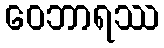
ဝေဘာရဿ